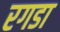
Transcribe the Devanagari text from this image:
रगडा